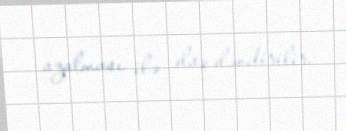
azalması ilə əlaqələndirilir.